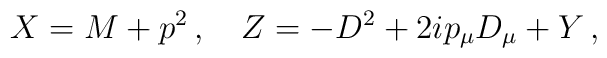
X=M+p^2\,,\quad Z=-D^2+2ip_\mu D_\mu+Y\,,